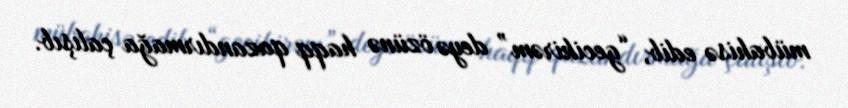
mübahisə edib, “gecikirəm” deyə özünə haqq qazandırmağa çalışıb.